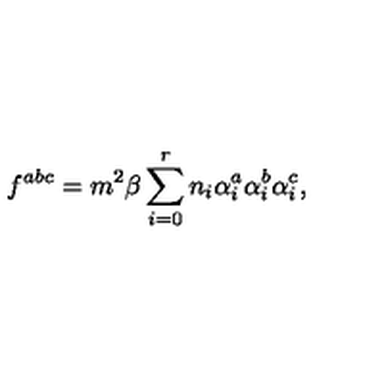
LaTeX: f ^ { a b c } = m ^ { 2 } \beta \sum _ { i = 0 } ^ { r } n _ { i } \alpha _ { i } ^ { a } \alpha _ { i } ^ { b } \alpha _ { i } ^ { c } ,